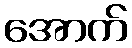
အောက်